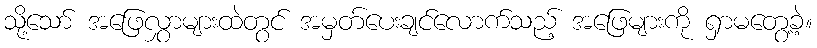
သို့သော် အဖြေလွှာများထဲတွင် အမှတ်ပေးချင်လောက်သည့် အဖြေများကို ရှာမတွေ့ခဲ့။